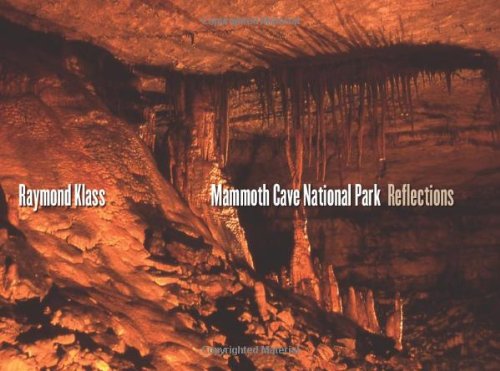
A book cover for Mammoth Cave National Park: Reflections; Raymond Klass; Travel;